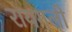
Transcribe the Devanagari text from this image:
रायगली